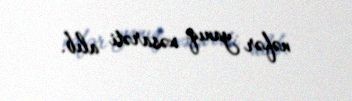
nəfər yanıq xəsarəti alıb.